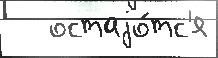
   остаjо́тс'я